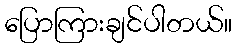
ပြောကြားချင်ပါတယ်။